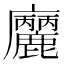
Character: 𢌒